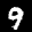
Label: 9